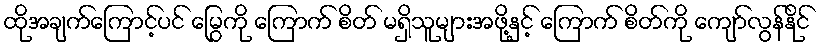
ထိုအချက်ကြောင့်ပင် မြွေကို ကြောက် စိတ် မရှိသူများအဖို့နှင့် ကြောက် စိတ်ကို ကျော်လွန်နိုင်